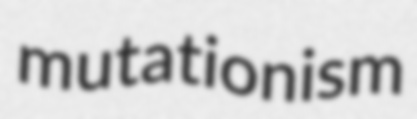
mutationism